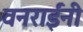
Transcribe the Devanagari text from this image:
वनराईंनी